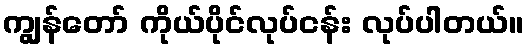
ကျွန်တော် ကိုယ်ပိုင်လုပ်ငန်း လုပ်ပါတယ်။